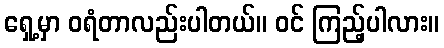
ရှေ့မှာ ဝရံတာလည်းပါတယ်။ ဝင် ကြည့်ပါလား။